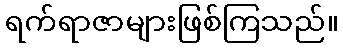
ရက်ရာဇာများဖြစ်ကြသည်။